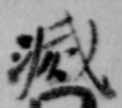
滅